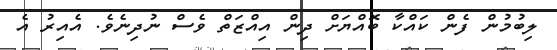
ލިބުމުން ފެން ކައްކާ ބޮއްޔަށް ދިން އިއްޒަތް ވެސް ނުދިނެވެ. އެއިރު އެ